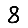
Digit: 8